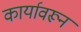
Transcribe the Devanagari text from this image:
कार्यावरून